Indian journal of veterinary science and animal husbandry - Volume 8,
Year: 1938
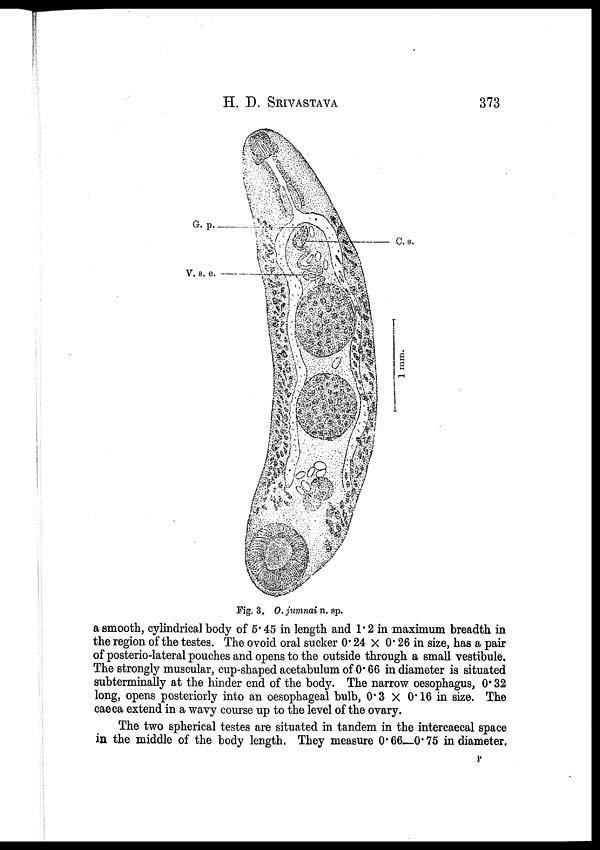
H. D.
SRIVASTAVA
373
Fig. 3. O. jumnai n. sp.
a smooth, cylindrical body of 5.45 in length and 1.2 in maximum breadth in
the region of the testes. The ovoid oral sucker 0.24 × 0.26 in size, has a pair
of posterio-lateral pouches and opens to the outside through a small vestibule.
The strongly muscular, cup-shaped acetabulum of 0.66 in diameter is situated
subterminally at the hinder end of the body. The narrow oesophagus, 0.32
long, opens posteriorly into an oesophageal bulb, 0.3 × 0.16 in size. The
caeca extend in a wavy course up to the level of the ovary.
The two spherical testes are situated in tandem in the intercaecal space
in the middle of the body length. They measure 0.66—0.75 in diameter.
P